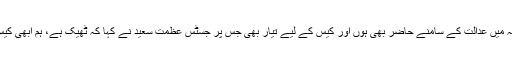
انہوں نے کہا کہ میں عدالت کے سامنے حاضر بھی ہوں اور کیس کے لیے تیار بھی جس پر جسٹس عظمت سعید نے کہا کہ ٹھیک ہے، ہم ابھی کیس سن لیتے ہیں۔